Vaccination North-Western Provinces and Oudh 1878-1895 - 1878-1895
Year: 1878
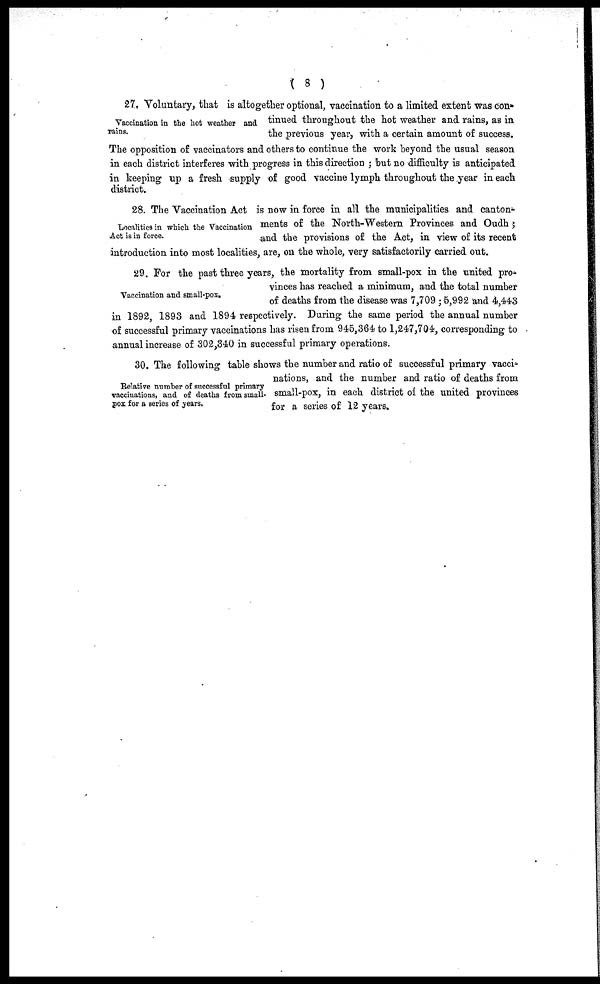
( 8 )
Vaccination in the hot weather and
rains.
27. Voluntary, that is altogether optional, vaccination to a limited extent was con-
tinued throughout the hot weather and rains, as in
the previous year, with a certain amount of success.
The opposition of vaccinators and others to continue the work beyond the usual season
in each district interferes with progress in this direction ; but no difficulty is anticipated
in keeping up a fresh supply of good vaccine lymph throughout the year in each
district.
Localities in which the Vaccination
Act is in force.
28. The Vaccination Act is now in force in all the municipalities and canton-
ments of the North-Western Provinces and Oudh ;
and the provisions of the Act, in view of its recent
introduction into most localities, are, on the whole, very satisfactorily carried out.
Vaccination and small-pox.
29. For the past three years, the mortality from small-pox in the united pro-
vinces has reached a minimum, and the total number
of deaths from the disease was 7,709 ; 5,992 and 4,443
in 1892, 1893 and 1894 respectively. During the same period the annual number
of successful primary vaccinations has risen from 945,364 to 1,247,704, corresponding to
annual increase of 302,340 in successful primary operations.
Relative number of successful primary
vaccinations, and of deaths from small¬
pox for a series of years.
30. The following table shows the number and ratio of successful primary vacci-
nations, and the number and ratio of deaths from
small-pox, in each district of the united provinces
for a series of 12 years.